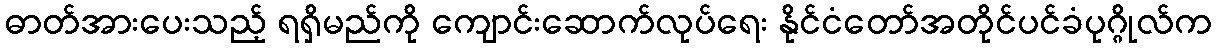
ဓာတ်အားပေးသည့် ရရှိမည်ကို ကျောင်းဆောက်လုပ်ရေး နိုင်ငံတော်အတိုင်ပင်ခံပုဂ္ဂိုလ်က